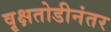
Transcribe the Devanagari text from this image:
वृक्षतोडीनंतर